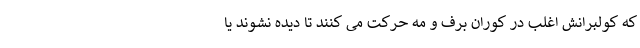
که کولبرانش اغلب در کوران برف و مه حرکت می کنند تا دیده نشوند یا